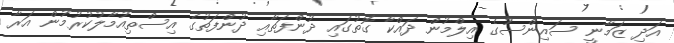
އަދި ޒަމާނީ ސައިންސުގެ އިލްމުން ދައްކާ ގޮތުގައި ދުންފަތާއި ދުންފަތުގެ އިސްތިއުމާލުކުރުމުން އަރާ